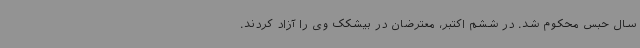
سال حبس محکوم شد. در ششم اکتبر، معترضان در بیشکک وی را آزاد کردند.